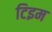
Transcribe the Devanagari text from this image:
टिइम